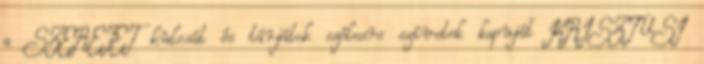
a SZERETET kulcsát és tárjátok szélesre szívetek kapuját KRISZTUSI